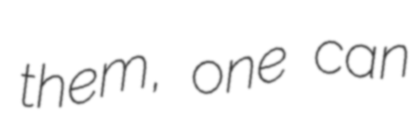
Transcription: them, one can